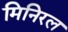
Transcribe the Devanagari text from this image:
मिनिरल